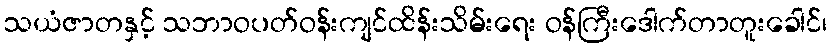
သယံဇာတနှင့် သဘာဝပတ်ဝန်းကျင်ထိန်းသိမ်းရေး ဝန်ကြီးဒေါက်တာတူးခေါင်၊